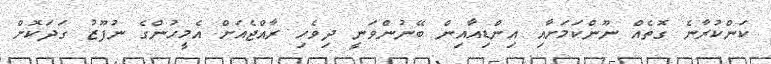
ކަންކުރާނެ ގޮތެއް ނޫންކަމަށާއި އިންޑިއާއިން ބޭނުންވަނީ ދިވެހި ރާއްޖެއަށް އެމީހުންގެ ނުފޫޒު ގަދަކޮށް